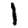
Digit: 1